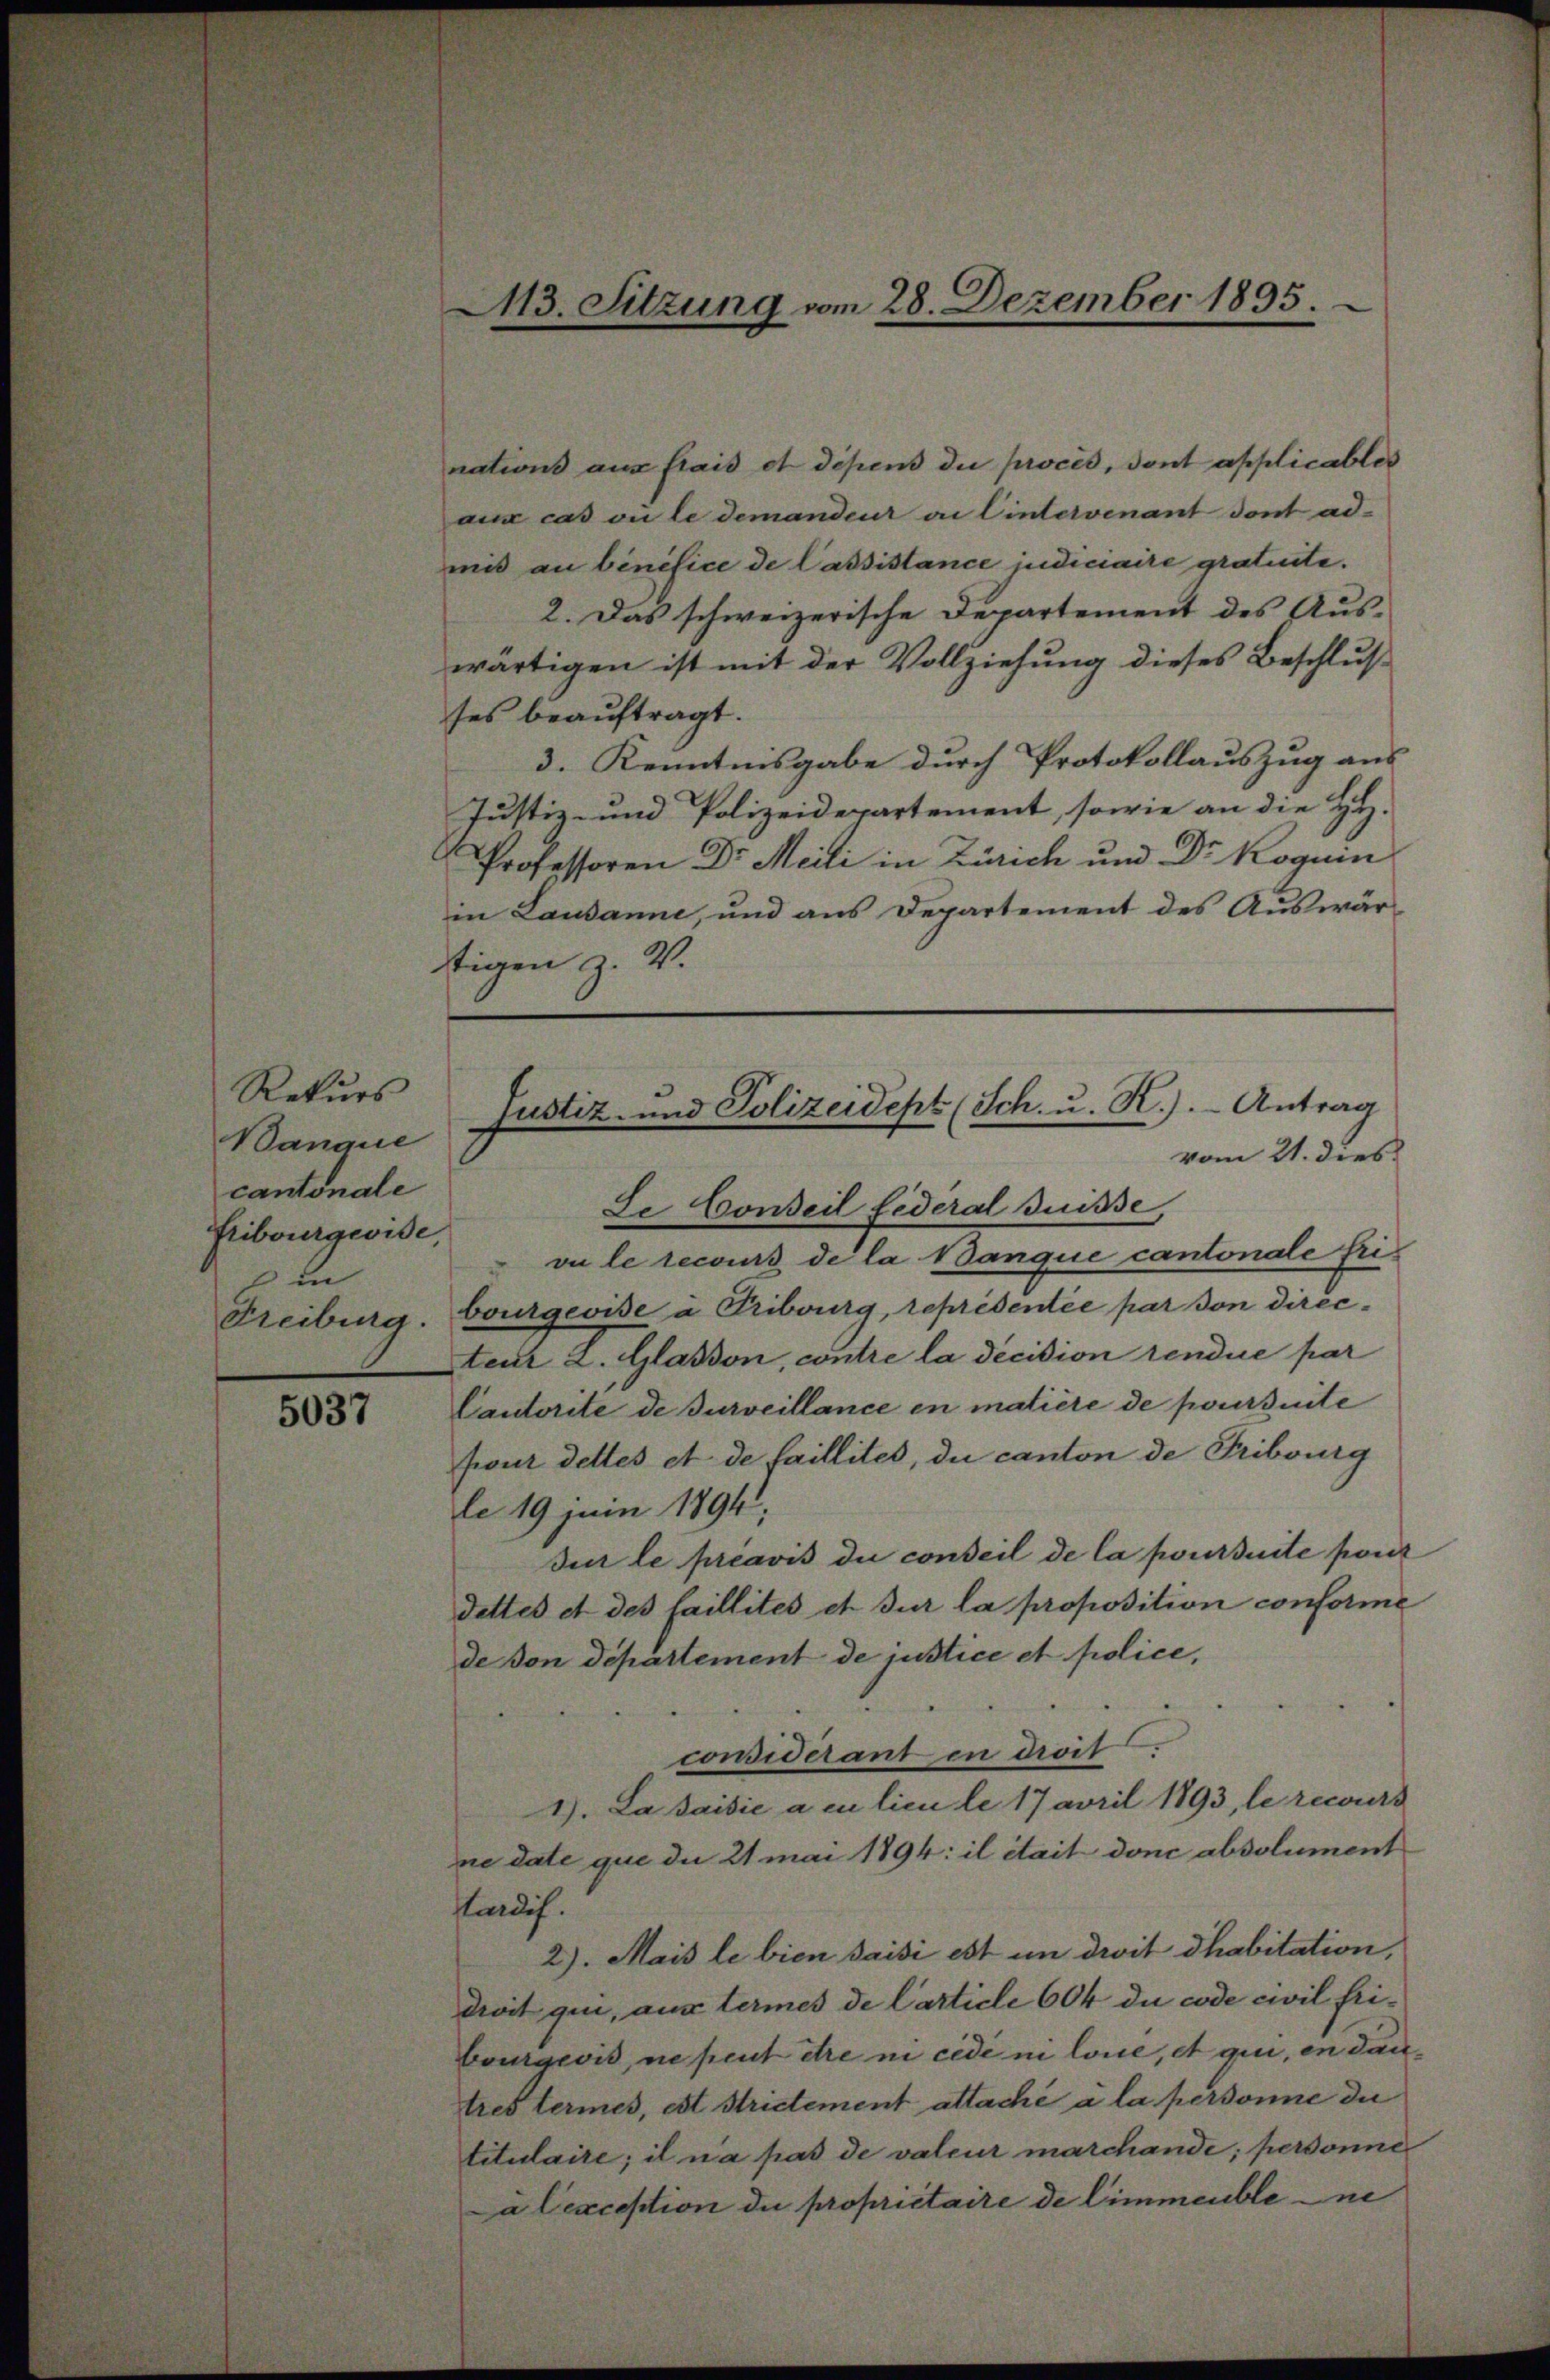
Rekurs
Banque
cantonale
Fribourgeide,
in

5037

A113. Sitzung vom 28. Dezember 1895.

nations aus frais et dépens die procès, dont applicables
aux cas ou le demandeur an Eintervenant dont admis au bénéfice de Cassistance judiciaire gratuite.
2. Das schweizerische Departement des Aus-
wärtigen ist mit der Vollziehung dieses Beschlusses beauftragt.
3. Kenntnisgabe durch Protokollauszug aus
Justiz- und Polizeidepartement, sowie an die Hy.
Professoren Dr. Meili in Zürich und Dr Roguin
in Lausanne, und aus Departement des Auswärstigen z. V.
Le Conseil Federal Suisse,
vu le recours de la Banque cantonale fri¬
Freiburg. Bourgeoise à Tribourg, représentée par von directeur 2. Glasson, contre la décision rendue par
Cautorité de surveillance en matière de poursuite
four dettes et de faillites, du canton de Tribourg
le 19 juin 1894,
sur le préavis du conseil de la poursuite ponz
dettes et des faillités et sur la proposition conforme
de von département de justice et police,
considerant in droit
1). La saisie a in lieu le 17 avril 1893, le recurs
ne date que du 21 mai 1894: il était donc absolument
Pardis.
2). Mais le bien saisi est in devit habitation,
devit qui, aus termes de Carticle 604 du code civil fribourgeois, ne peut être ne cédé ni lone, et qui, en dantres termes, est Strictement attaché a la personne di
titulaire; il n’a pas de valeur marchande; personne
Da exception die propriétaire de limmeuble ne

Justiz- und Polizeidept (Ich. u. R.). Antrag
vom 21. dies